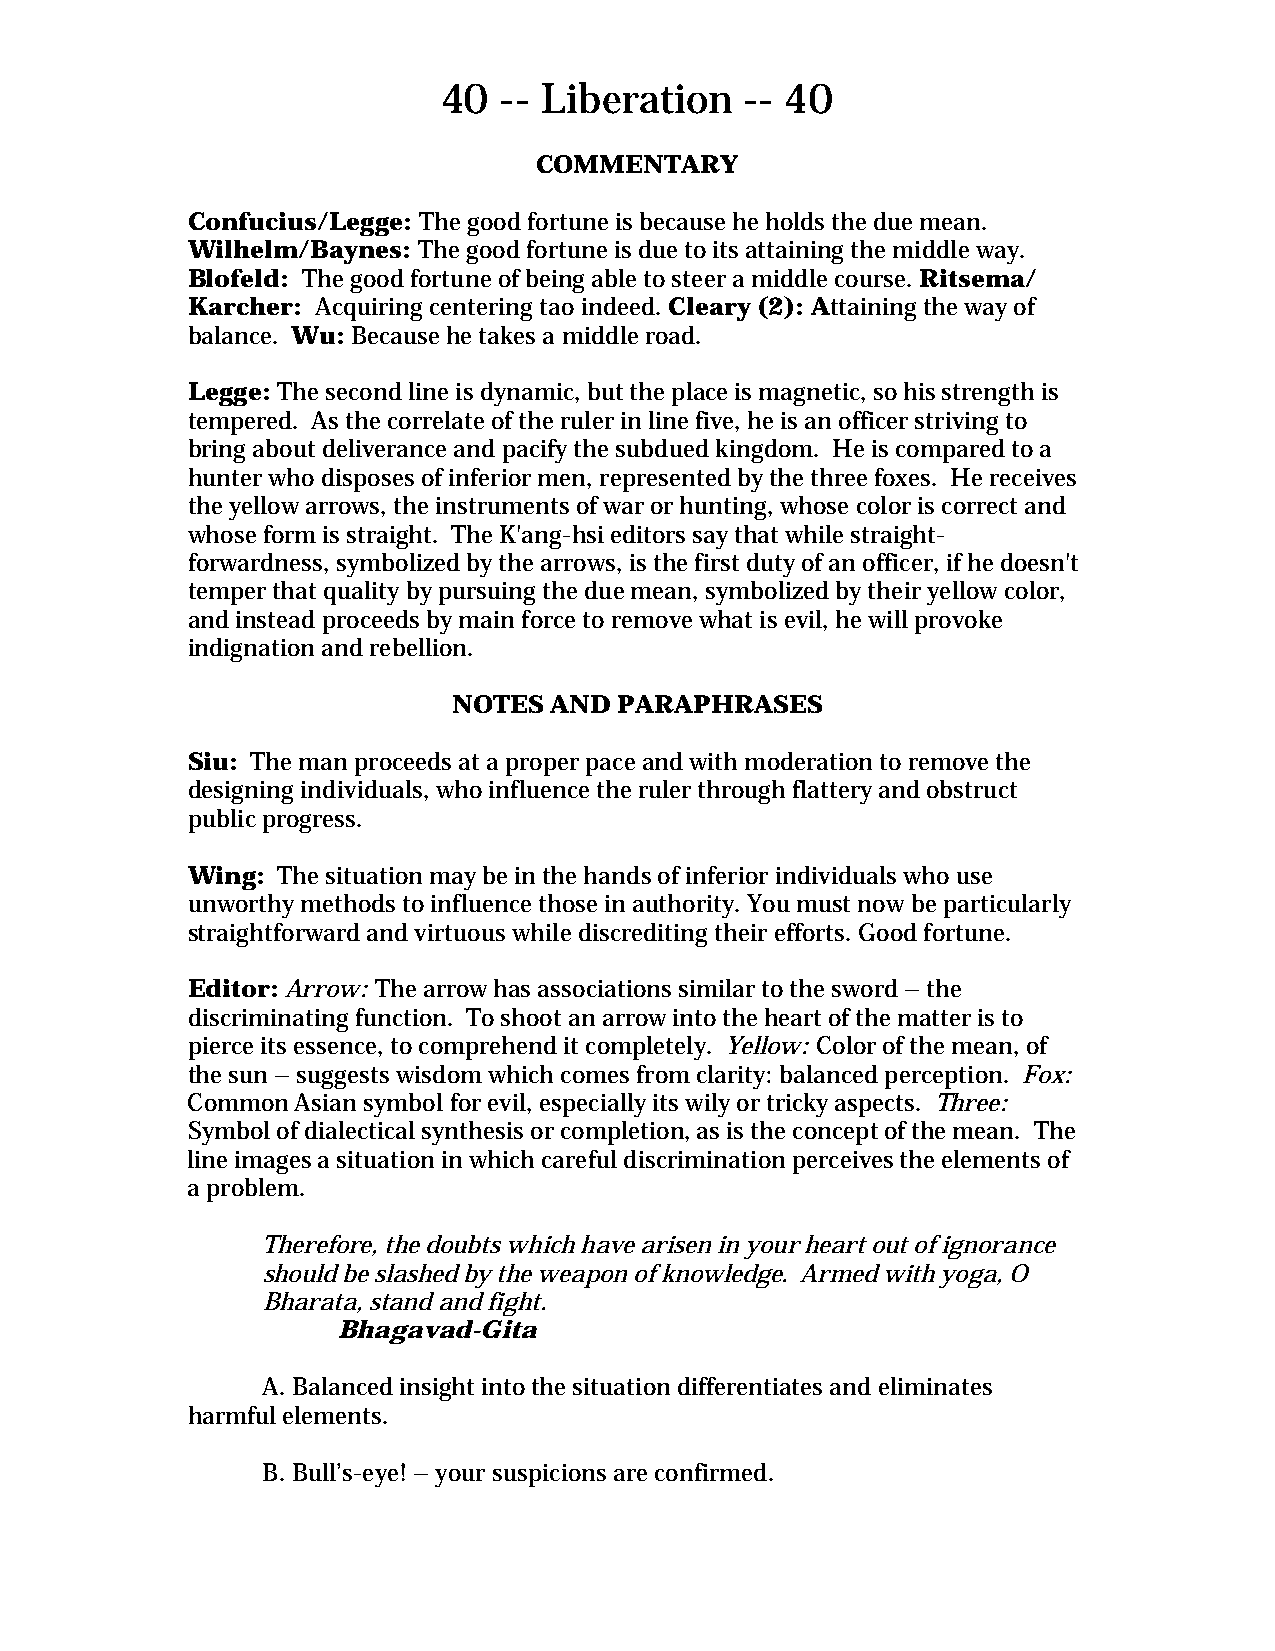
40  -- Liberation   -- 40
 COMMENTARY
 Confucius/Legge: The good fortune is because he holds the due mean.
 Wilhelm/Baynes: The good fortune is due to its attaining the middle way.
 Blofeld: The good fortune of being able to steer a middle course. Ritsema/
 Karcher: Acquiring centering tao indeed. Cleary (2): Attaining the way of
 balance. Wu: Because he takes a middle road.
 Legge: The second line is dynamic, but the place is magnetic, so his strength is
 tempered. As the correlate of the ruler in line five, he is an officer striving to
 bring about deliverance and pacify the subdued kingdom. He is compared to a
 hunter who disposes of inferior men, represented by the three foxes. He receives
 the yellow arrows, the instruments of war or hunting, whose color is correct and
 whose form is straight. The K'ang-hsi editors say that while straight-
 forwardness, symbolized by the arrows, is the first duty of an officer, if he doesn't
 temper that quality by pursuing the due mean, symbolized by their yellow color,
 and instead proceeds by main force to remove what is evil, he will provoke
 indignation and rebellion.
 NOTES AND  PARAPHRASES
 Siu: The man proceeds at a proper pace and with moderation to remove the
 designing individuals, who influence the ruler through flattery and obstruct
 public progress.
 Wing: The situation may be in the hands of inferior individuals who use
 unworthy methods to influence those in authority. You must now be particularly
 straightforward and virtuous while discrediting their efforts. Good fortune.
 Editor: Arrow: The arrow has associations similar to the sword – the
 discriminating function. To shoot an arrow into the heart of the matter is to
 pierce its essence, to comprehend it completely. Yellow: Color of the mean, of
 the sun – suggests wisdom which comes from clarity: balanced perception. Fox:
 Common  Asian symbol for evil, especially its wily or tricky aspects. Three:
 Symbol of dialectical synthesis or completion, as is the concept of the mean. The
 line images a situation in which careful discrimination perceives the elements of
 a problem.
 Therefore, the doubts which have arisen in your heart out of ignorance
 should be slashed by the weapon of knowledge. Armed with yoga, O
 Bharata, stand and fight.
 Bhagavad-Gita
 A. Balanced insight into the situation differentiates and eliminates
 harmful elements.
 B. Bull’s-eye! – your suspicions are confirmed.